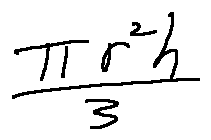
\frac { \pi r ^ { 2 } h } { 3 }